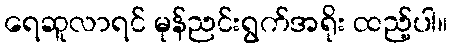
ရေဆူလာရင် မုန်ညင်းရွက်အရိုး ထည့်ပါ။